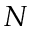
N